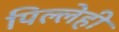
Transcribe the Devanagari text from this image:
पिल्लेही